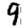
Digit: 9